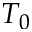
T _ { 0 }